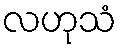
လဟုသံ